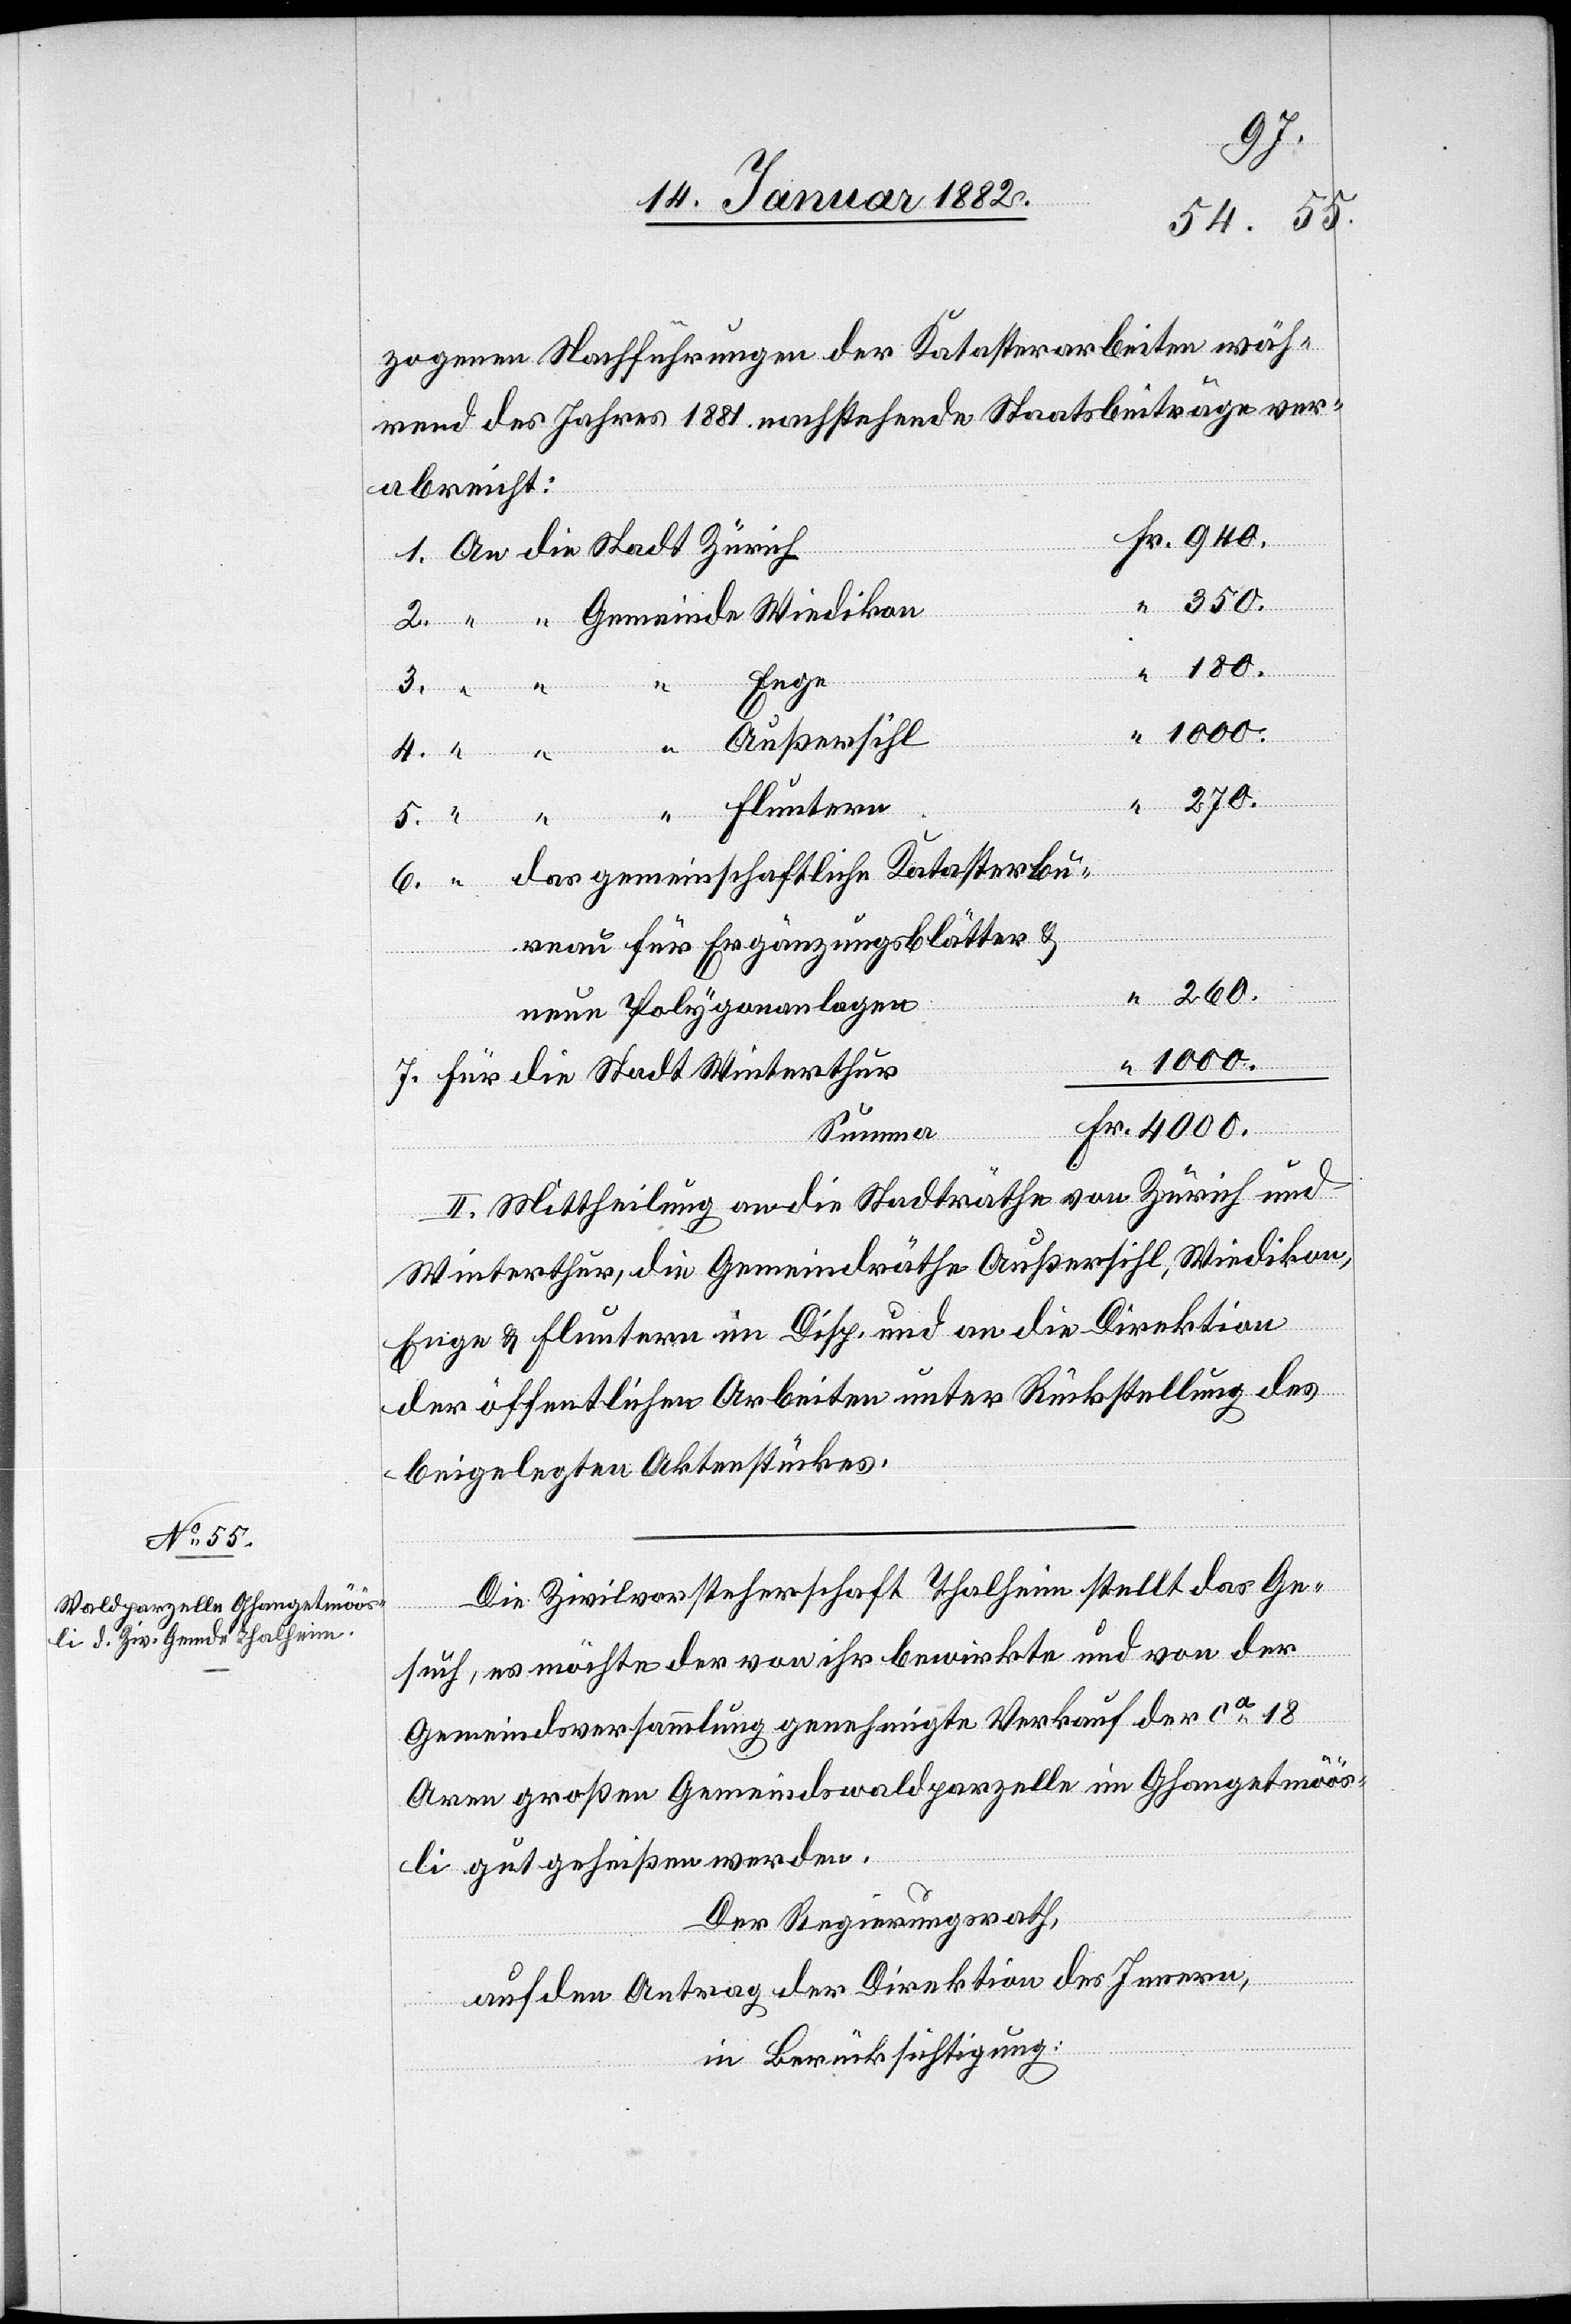
zogenen Nachführungen der Katasterarbeiten wäh¬
rend des Jahres 1881 nachstehende Staatsbeiträge ver¬
abreicht:
Fr. 180.
1. An die Stadt Zürich
350.
3.
2. “ “ Gemeinde Wiedikon
“ Enge
4. “ “ “ Außersihl
“ Fluntern
Fr. 270
6. “ das gemeinschaftliche Katasterbu¬
reau für Ergänzungsblätter &
neue Polygonanlagen
Fr. 1000
Fr.
7. für die Stadt Winterthur
Fr. 4000
Summe
II. Mittheilung an die Stadträthe von Zürich und
Winterthur, die Gemeindräthe Außersihl, Wiedikon,
Enge & Fluntern im Disp. und an die Direktion
der öffentlichen Abreiten unter Rückstellung des
beigelegten Aktenstückes.
Die Zivilvorsteherschaft Thalheim stellt das Ge¬
such, es möchte der von ihr bewirkte und von der
Gemeindsversammlung genehmigte Verkauf der ca 18
Aren großen Gemeindswaldparzelle im Ghangetmöös¬
li gut geheißen werden.
Der Regierungsrath,
auf den Antrag der Direktion des Innern,
in Berücksichtigung: